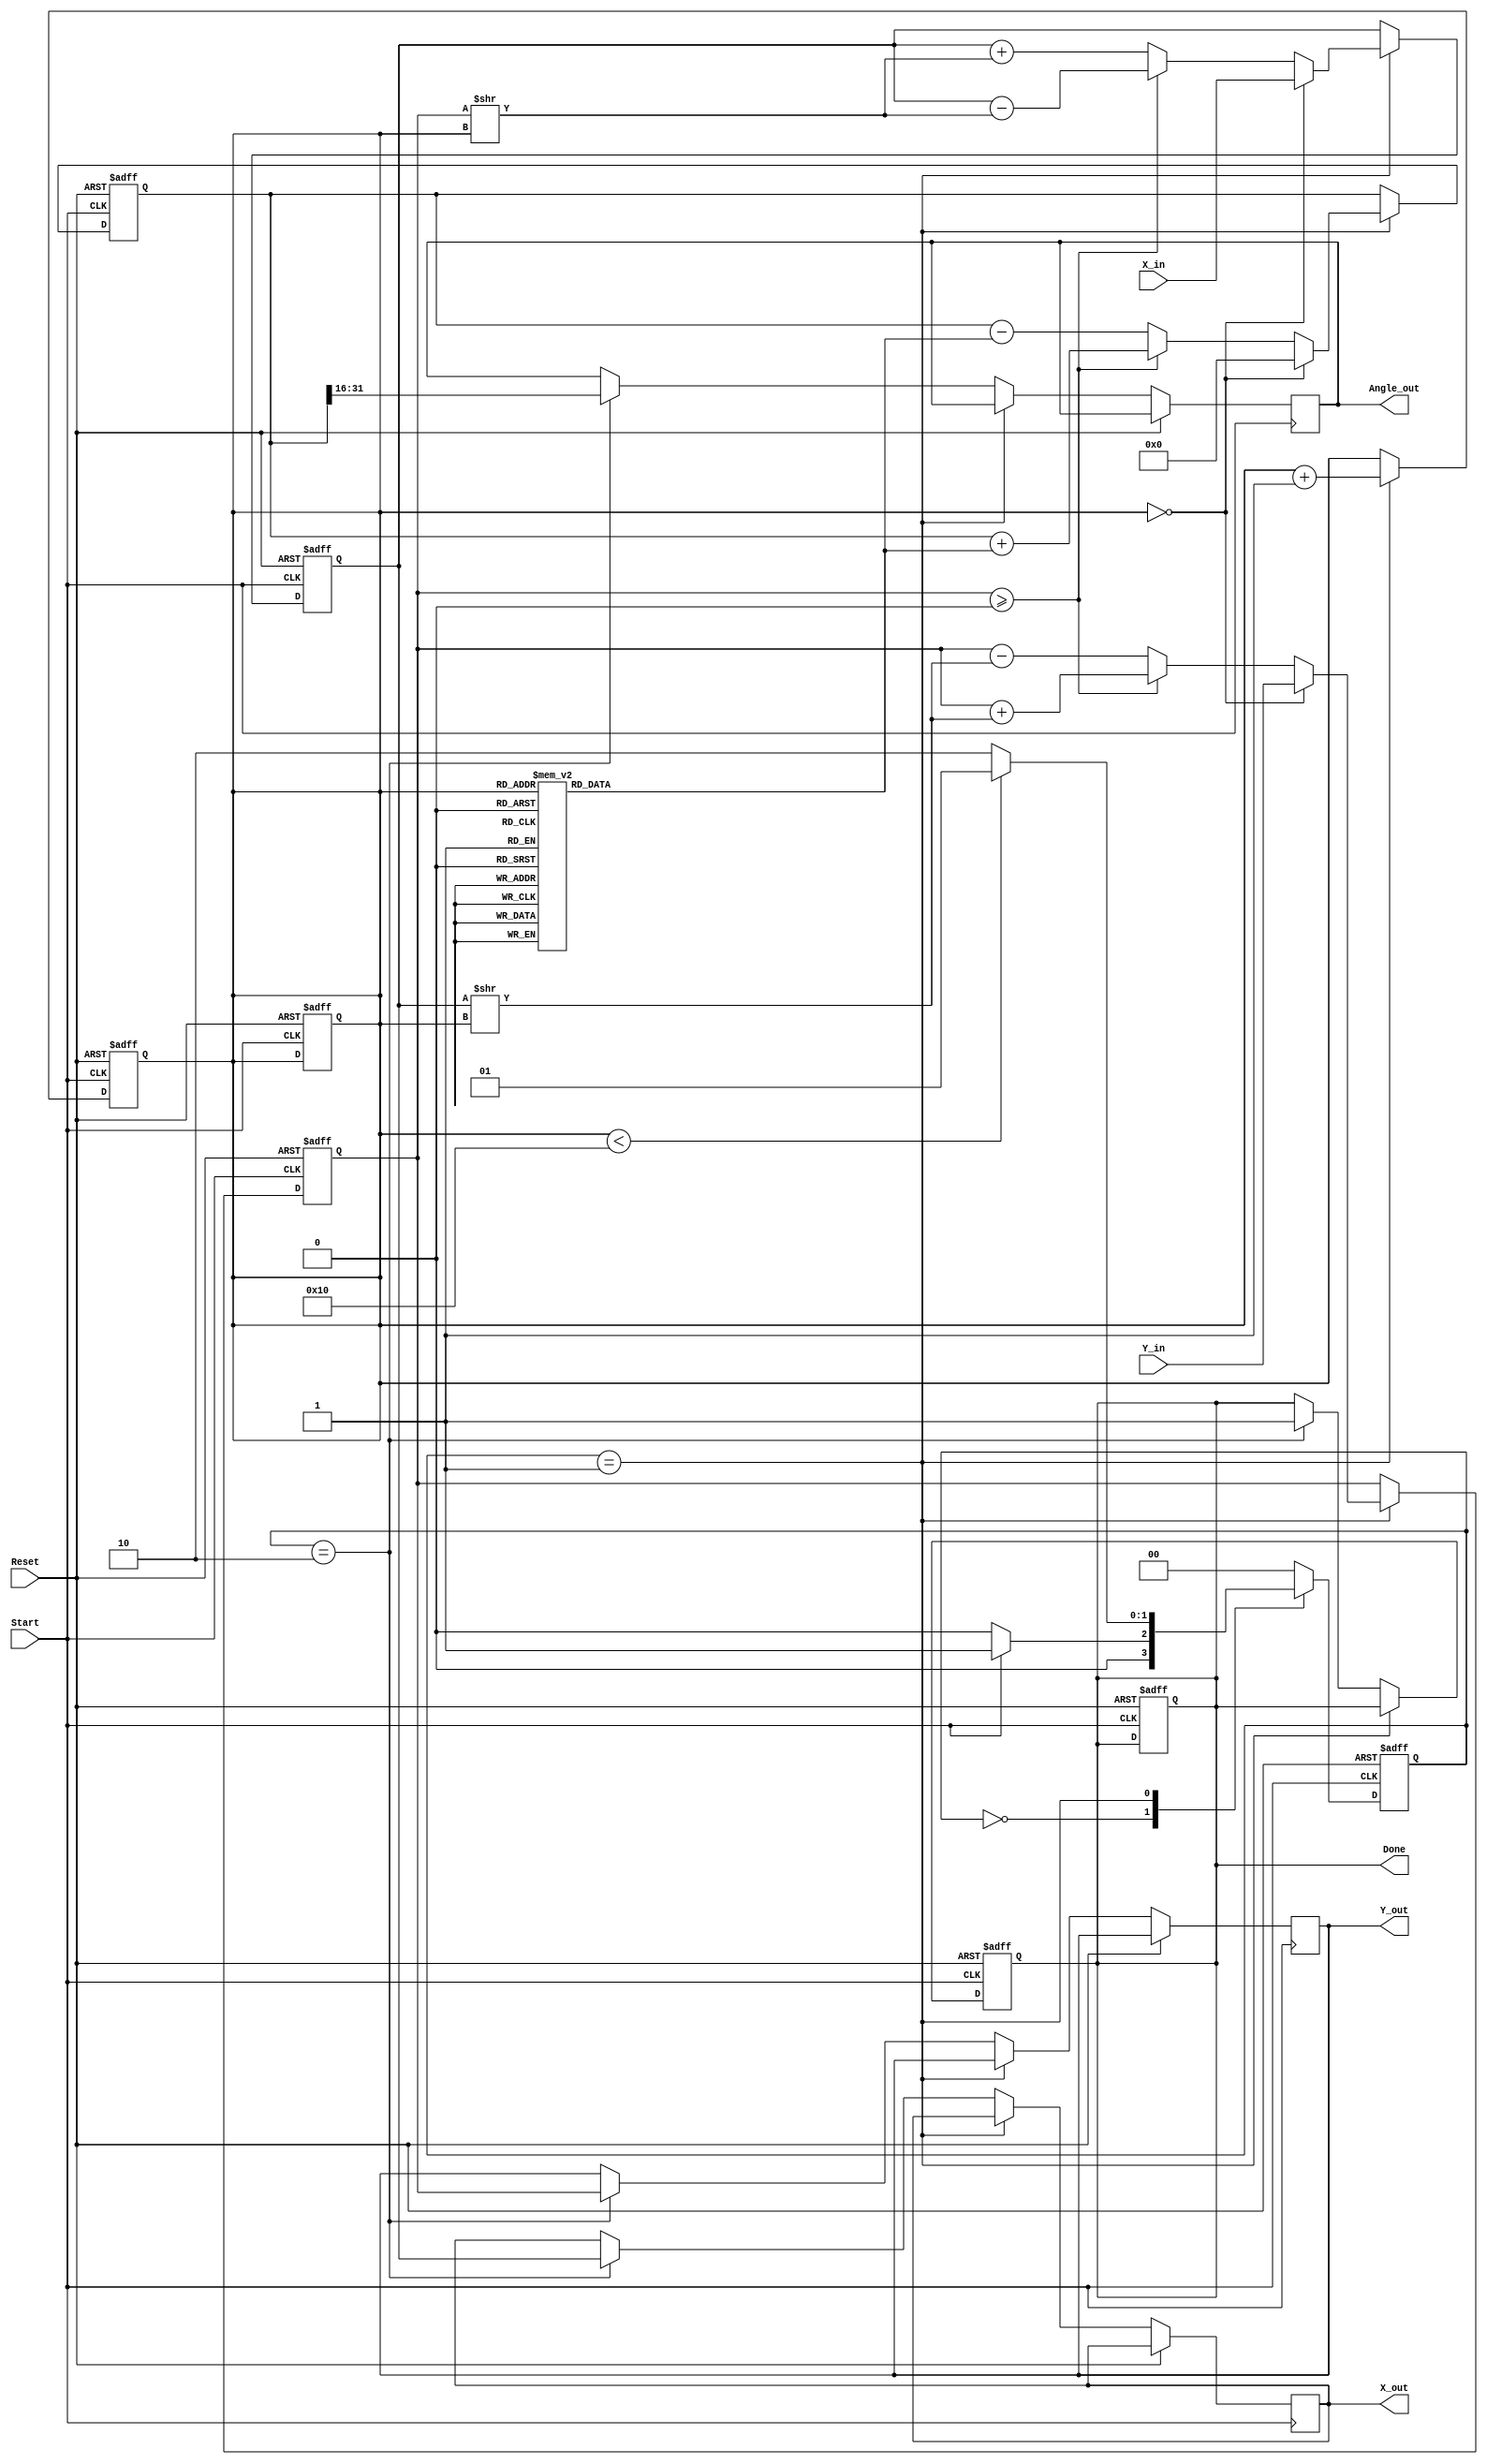
module Vectoring_CORDIC (
    input wire [15:0] X_in,         // Input x-coordinate
    input wire [15:0] Y_in,         // Input y-coordinate
    input wire Start,                // Start signal
    input wire Reset,                // Asynchronous reset signal
    output reg [15:0] Angle_out,     // Computed angle
    output reg [15:0] X_out,         // Final x-coordinate
    output reg [15:0] Y_out,         // Final y-coordinate
    output reg Done                  // Completion signal
);

    // Parameters
    parameter MAX_ITERATIONS = 16;  // Maximum number of iterations
    parameter FIXED_POINT_SCALE = 16; // Scaling factor for fixed-point representation
    
    // Internal registers
    reg [15:0] X_reg;
    reg [15:0] Y_reg;
    reg [31:0] Angle_reg;             // Accumulate angle
    reg [3:0] Iteration_count;        // Iteration counter
    reg [1:0] state;                  // FSM state
    reg [1:0] next_state;             // Next state for FSM

    // State encoding
    localparam IDLE = 2'b00;
    localparam COMPUTE = 2'b01;
    localparam DONE = 2'b10;

    // CORDIC angle lookup table (atan(2^-i) in fixed-point)
    reg [31:0] angle_table [0:15];
    initial begin
        angle_table[0] = 32'h20000000; // atan(1) = pi/4
        angle_table[1] = 32'h16666666; // atan(1/2)
        angle_table[2] = 32'h0D888888; // atan(1/4)
        angle_table[3] = 32'h05A82799; // atan(1/8)
        angle_table[4] = 32'h028B0C3B; // atan(1/16)
        angle_table[5] = 32'h0143FD20; // atan(1/32)
        angle_table[6] = 32'h00A3D70A; // atan(1/64)
        angle_table[7] = 32'h0051F9F4; // atan(1/128)
        angle_table[8] = 32'h0028F1F8; // atan(1/256)
        angle_table[9] = 32'h00147C0C; // atan(1/512)
        angle_table[10] = 32'h000A3D70; // atan(1/1024)
        angle_table[11] = 32'h00051F98; // atan(1/2048)
        angle_table[12] = 32'h00028F1E; // atan(1/4096)
        angle_table[13] = 32'h000143D7; // atan(1/8192)
        angle_table[14] = 32'h0000A3D7; // atan(1/16384)
        angle_table[15] = 32'h000051F9; // atan(1/32768)
    end

    // FSM for control logic
    always @(posedge Reset or posedge Start) begin
        if (Reset) begin
            state <= IDLE;
            Done <= 0;
            Iteration_count <= 0;
        end else begin
            state <= next_state;
        end
    end

    // FSM state transitions
    always @(*) begin
        case (state)
            IDLE: begin
                if (Start) begin
                    next_state = COMPUTE;
                end else begin
                    next_state = IDLE;
                end
            end
            COMPUTE: begin
                if (Iteration_count < MAX_ITERATIONS) begin
                    next_state = COMPUTE;
                end else begin
                    next_state = DONE;
                end
            end
            DONE: begin
                next_state = IDLE; // Go back to IDLE after DONE
            end
            default: next_state = IDLE;
        endcase
    end

    // CORDIC iteration logic
    always @(posedge Start or posedge Reset) begin
        if (Reset) begin
            X_reg <= 0;
            Y_reg <= 0;
            Angle_reg <= 0;
            Iteration_count <= 0;
            Done <= 0;
        end else if (state == COMPUTE) begin
            if (Iteration_count == 0) begin
                X_reg <= X_in;
                Y_reg <= Y_in;
                Angle_reg <= 0;
            end else begin
                if (Y_reg >= 0) begin
                    // Rotate clockwise
                    X_reg <= X_reg - (Y_reg >> Iteration_count);
                    Y_reg <= Y_reg + (X_reg >> Iteration_count);
                    Angle_reg <= Angle_reg + angle_table[Iteration_count];
                end else begin
                    // Rotate counterclockwise
                    X_reg <= X_reg + (Y_reg >> Iteration_count);
                    Y_reg <= Y_reg - (X_reg >> Iteration_count);
                    Angle_reg <= Angle_reg - angle_table[Iteration_count];
                end
            end
            Iteration_count <= Iteration_count + 1;
        end else if (state == DONE) begin
            Angle_out <= Angle_reg[31:16]; // Output the angle (scaled down)
            X_out <= X_reg;
            Y_out <= Y_reg;
            Done <= 1; // Indicate completion
        end
    end
endmodule